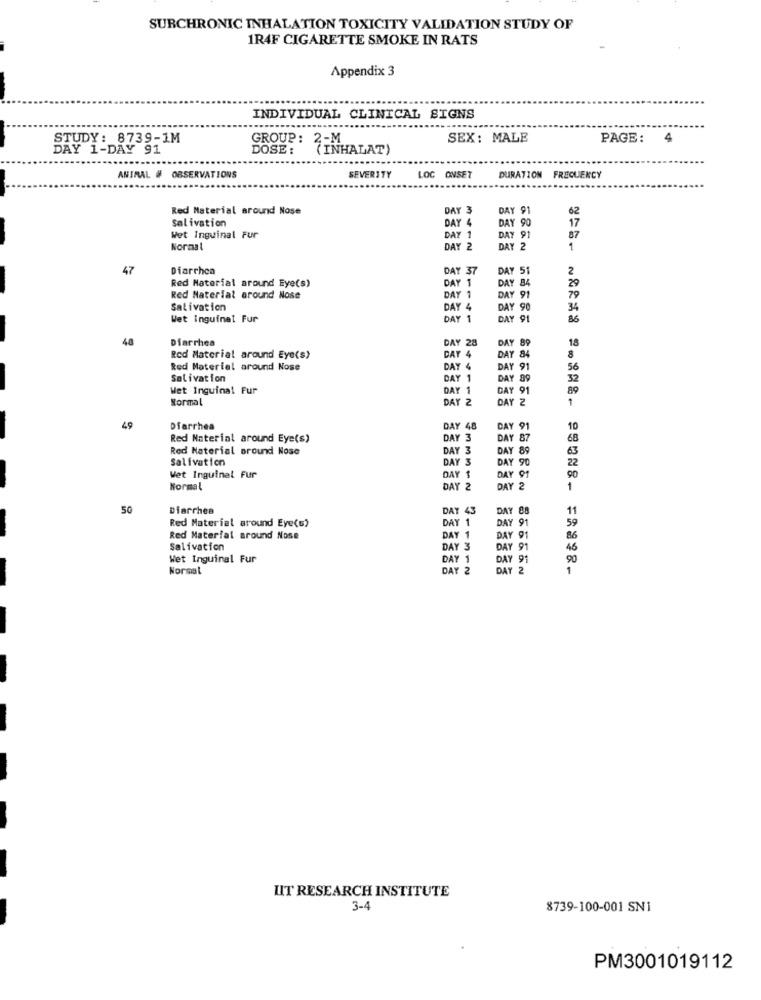
SURCHRONIC INHALATION TOXICITY VALIDATION STUDY OF
1R4F CIGARETTE SMOKE IN RATS
Appendix 3
INDIVIDUAL CLINICAL SIGNS
STUDY: 8739-1M
GROUP: 2-M
SEX: MALE
PAGE:
4
DAY 1-DAY 91
DOSE :
(INHALAT)
ANIMAL # OBSERVATIONS
SEVERITY
C ONSET
DURATION
FREQUENCY
Red Material around Nose
DAY 3
DAY 91
Salivation
DAY 90
17
62
DAY 4
87
Wet Inguinal Fur
DAY 1
DAY 91
Normal
DAY 2
DAY 2
1
47
Diarrhea
DAY 37
DAY 51
2
DAY 1
29
Red Material around Eye(s)
DAY 84
Red Material around Nose
DAY 1
DAY 91
79
Salivation
DAY 4
DAY 90
34
Wet Inguinat Fur
DAY 1
DAY 91
86
48
Diarrhea
DAY 28
DAY 89
18
8
Red Material around Eye(s)
DAY 4
DAY 84
Red Material around Nose
DAY 4
DAY 91
56
Salivation
DAY
DAY
32
Wet Inguinal Fur
DAY 1
DAY 91
89
Normal
DAY 2
DAY 2
49
Diarrhea
DAY 48
DAY 91
10
Red Material around Eye(s)
DAY 3
DAY 87
68
Red Naterial around Nose
DAY 3
DAY 89
63
Salivation
DAY 3
DAY 90
22
90
Wet Inguinal Fur
DAY 91
Normal
DAY 2
DAY 2
1
50
Diarrhea
DAY 43
DAY 88
11
DAY1
59
Red Material around Eye(s)
DAY 91
Red Material around Nose
DAY 1
DAY 91
86
Salivation
DAY 3
DAY 91
46
Wet Inguinal Fur
DAY 1
DAY 91
Normal
DAY 2
DAY 2
1
LIT RESEARCH INSTITUTE
3-4
8739-100-001 SN1
PM3001019112